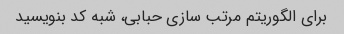
برای الگوریتم مرتب سازی حبابی، شبه کد بنویسید